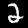
Label: 2